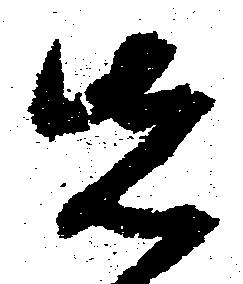
先